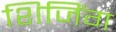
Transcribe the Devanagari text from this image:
शिजिंग